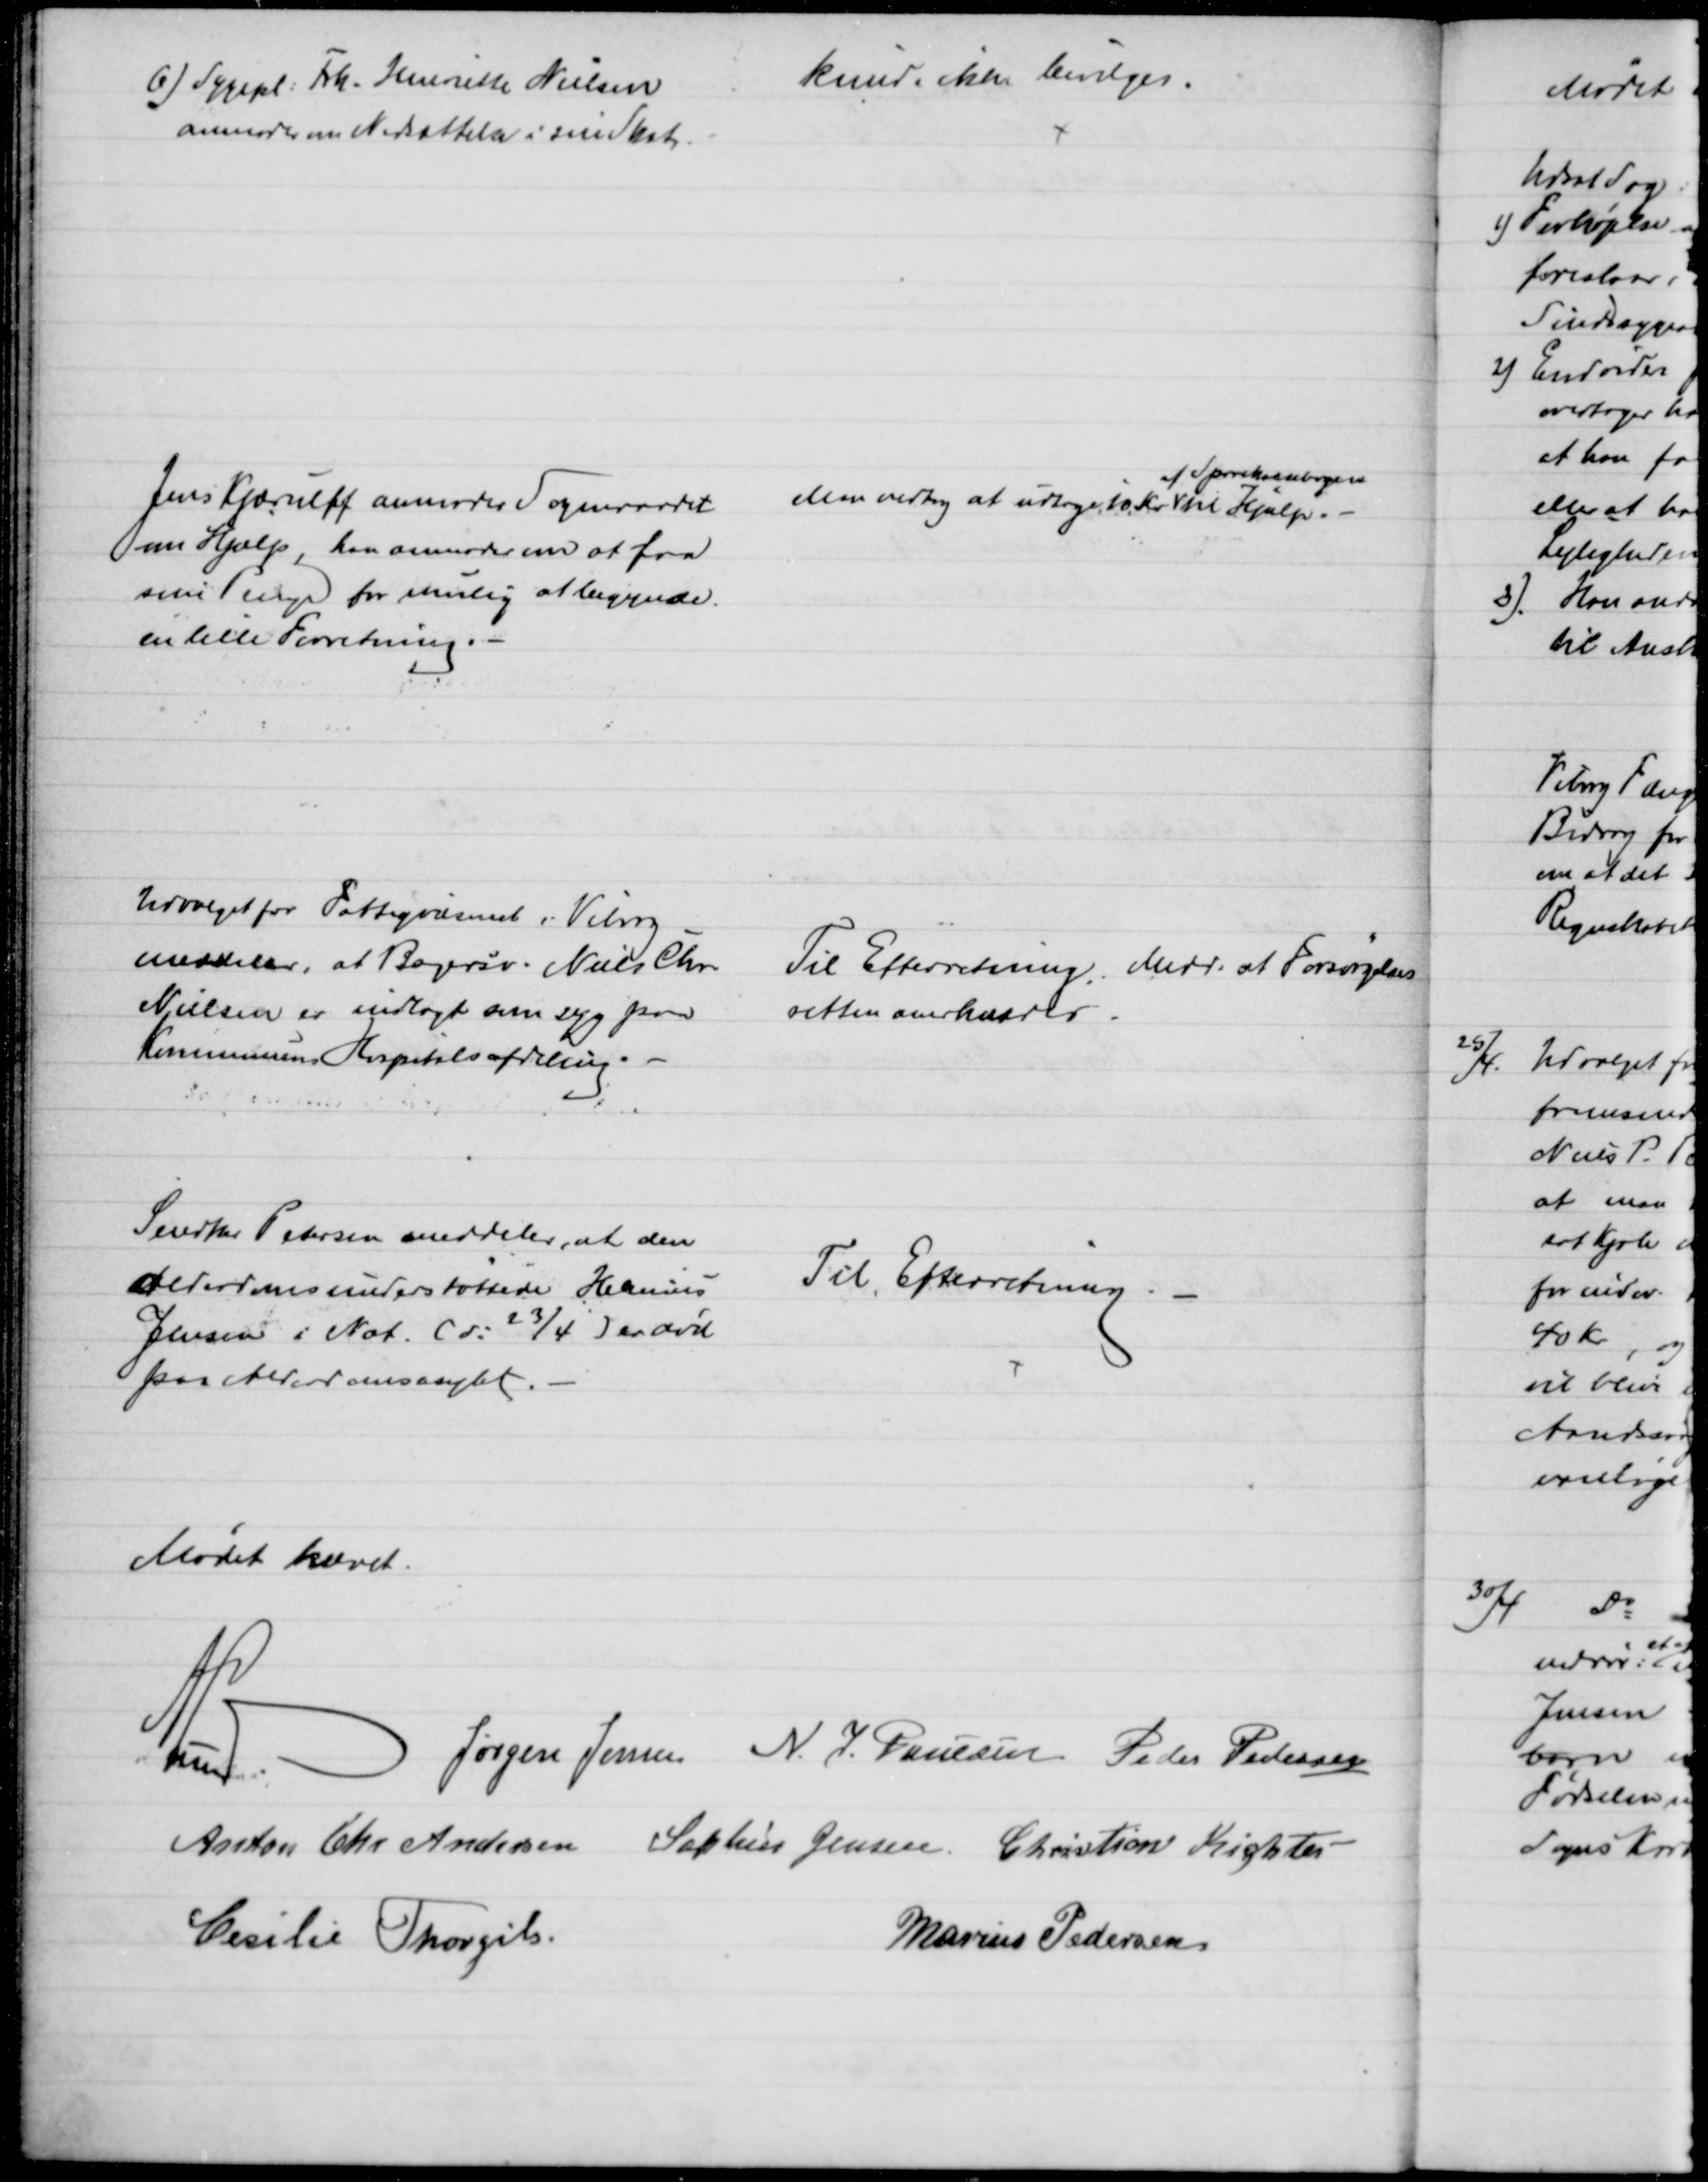
Transskription:
6) Sygepl: Frk. Henriette Nielsen
anmoder om Nedsættelse i sin Skat.
kunde ikke bevilges.
Jens Kjærulff anmoder Sogneraadet
om Hjælp, han anmoder om at faa
sine Penge for mulig at begynde.
en lille Forretning. 
Man vedtog at udtage 10 Kr. 
af Sparekassebogen
til Hjælp.
Udvalget for Fattigvæsenet i Viborg
meddeler, at Bagersv. Niels Chr. 
Nielsen er indlagt som syg paa
Kommunens Hospitalsafdeling.
Til Efterretning. Medd. at Forsørgelses
retten anerkendes
Snedker Petersen meddeler, at den
Alderdomsunderstøttede Henning
Jensen i Nat. (d. 23/4) er død
paa Alderdomsasylet.
Til Efterretning.
Mødet hævet.
A. Lund
Jørgen Jensen N. J. Poulsen Peder Pedersen
Anton Chr Andersen Sophus Jensen Christian Richter
Cecilie Thorgils
Marius Pedersen